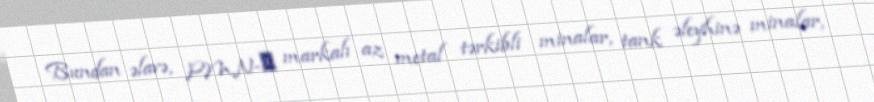
Bundan əlavə, PMN-Э markalı az metal tərkibli minalar, tank əleyhinə minalar,